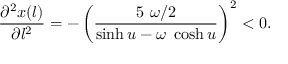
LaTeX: \frac { \partial ^ { 2 } x ( l ) } { \partial l ^ { 2 } } = - \left( \frac { 5 ~ \omega / 2 } { \sinh u - \omega ~ \cosh u } \right) ^ { 2 } < 0 .